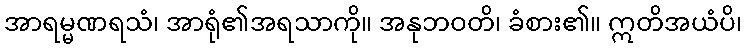
အာရမ္မဏရသံ၊ အာရုံ၏အရသာကို။ အနုဘဝတိ၊ ခံစား၏။ ဣတိအယံပိ၊